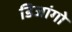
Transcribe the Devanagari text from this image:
डिजांगो